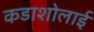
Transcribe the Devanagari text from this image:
कडाशोलाई